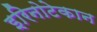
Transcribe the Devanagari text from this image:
इरिनोटेकान